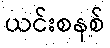
ယင်းစနစ်